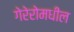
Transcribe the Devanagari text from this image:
गेरेरोमधील